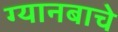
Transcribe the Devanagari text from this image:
ग्यानबाचे